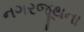
નગરજૂથના